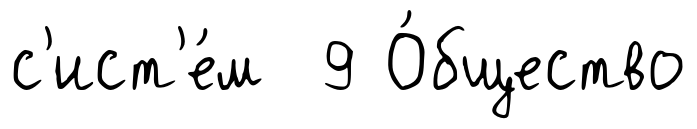
с'ист'е́м 9 О́бщество